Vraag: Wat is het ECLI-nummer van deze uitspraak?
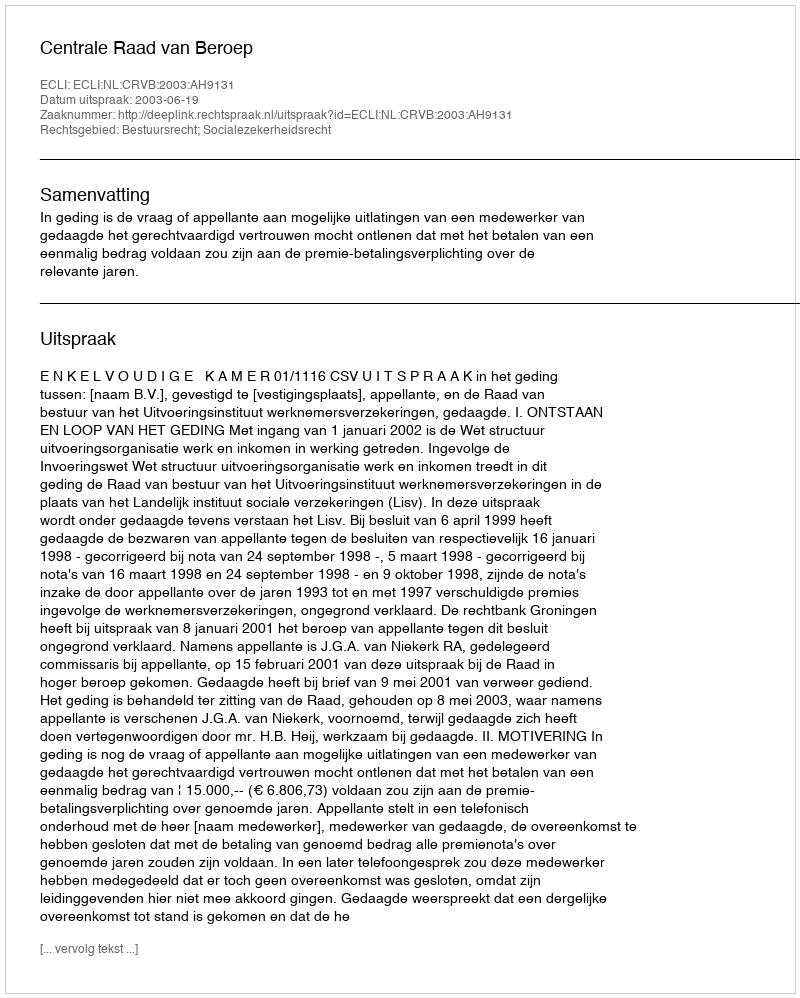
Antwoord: ECLI:NL:CRVB:2003:AH9131